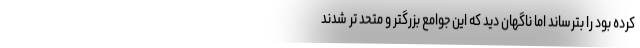
کرده بود را بترساند اما ناگهان دید که این جوامع بزرگتر و متحد تر شدند